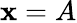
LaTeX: \mathbf{x}=A